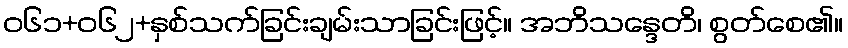
ဝ၆၁+၀၆၂+နှစ်သက်ခြင်းချမ်းသာခြင်းဖြင့်။ အဘိသန္ဒေတိ၊ စွတ်စေ၏။